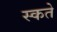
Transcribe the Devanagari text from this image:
स्कते